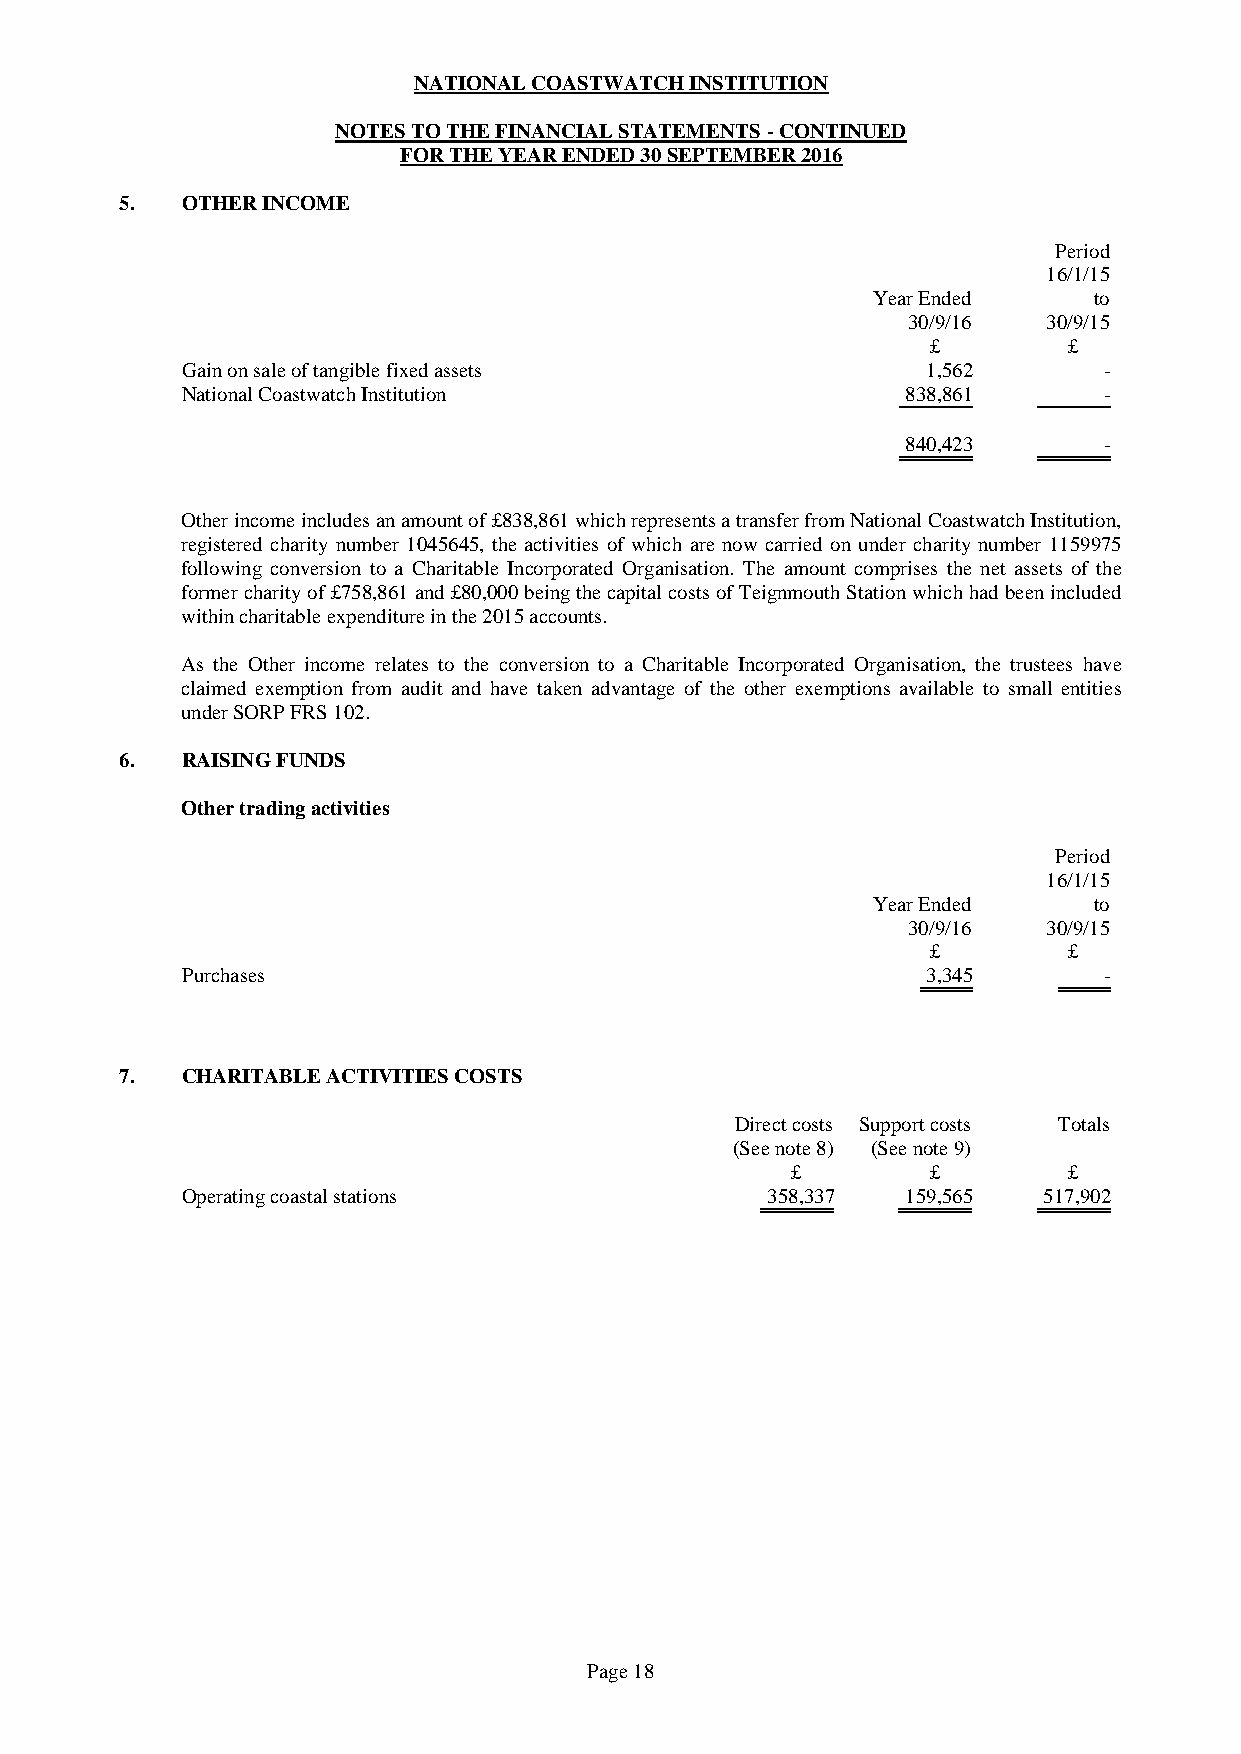
NATIONAL COASTWATCH INSTITUTION
 NOTES TO THE FINANCIAL STATEMENTS - CONTINUED
 FOR THE YEAR ENDED 30 SEPTEMBER 2016
 5.  OTHER INCOME
 Period
 16/1/15
 Year Ended    to
 30/9/16  30/9/15
 £        £
 Gain on sale of tangible fixed assets            1,562       -
 National Coastwatch Institution                 838,861      -
 840,423      -
 Other income includes an amount of £838,861 which represents a transfer from National Coastwatch Institution,
 registered charity number 1045645, the activities of which are now carried on under charity number 1159975
 following conversion to a Charitable Incorporated Organisation. The amount comprises the net assets of the
 former charity of £758,861 and £80,000 being the capital costs of Teignmouth Station which had been included
 within charitable expenditure in the 2015 accounts.
 As the Other income relates to the conversion to a Charitable Incorporated Organisation, the trustees have
 claimed exemption from audit and have taken advantage of the other exemptions available to small entities
 under SORP FRS 102.
 6.  RAISING FUNDS
 Other trading activities
 Period
 16/1/15
 Year Ended    to
 30/9/16  30/9/15
 £        £
 Purchases                                        3,345       -
 7.  CHARITABLE ACTIVITIES COSTS
 Direct costs Support costs Totals
 (See note 8) (See note 9)
 £         £        £
 Operating coastal stations             358,337  159,565  517,902
 Page 18